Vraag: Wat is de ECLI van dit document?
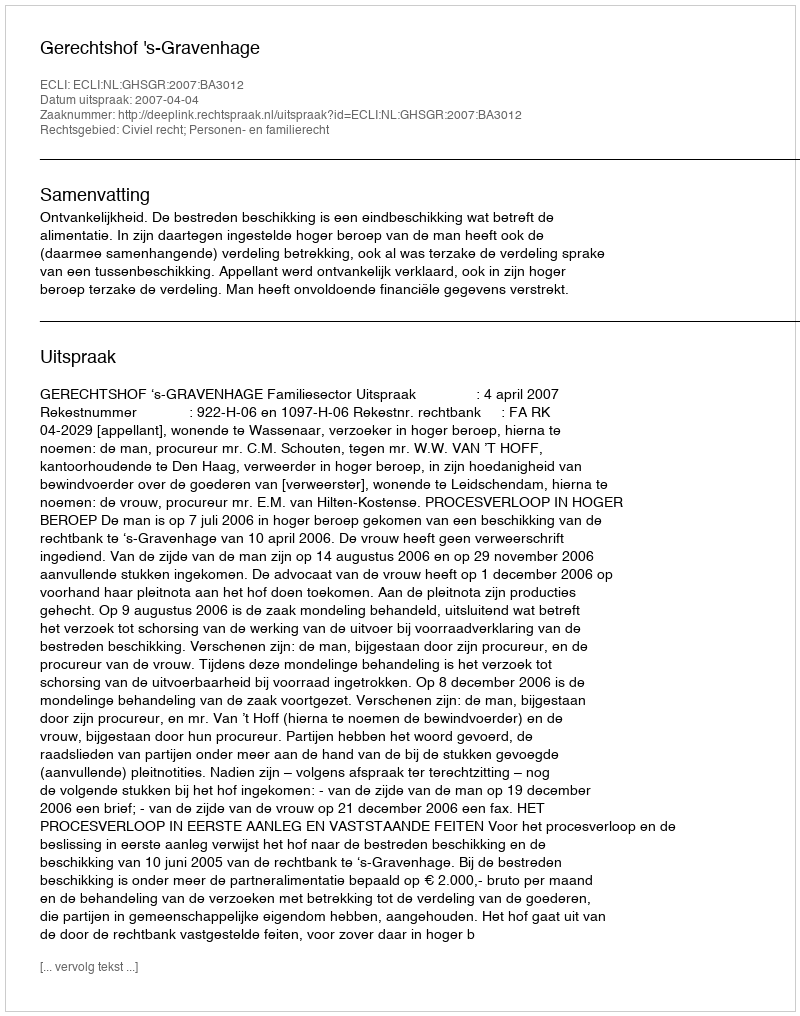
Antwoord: ECLI:NL:GHSGR:2007:BA3012